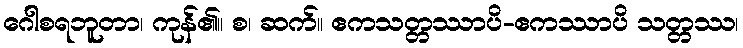
ဂေါစရဘူတာ၊ ကုန်၏။ စ၊ ဆက်။ ဧကသတ္တဿာပိ-ဧကဿာပိ သတ္တဿ၊